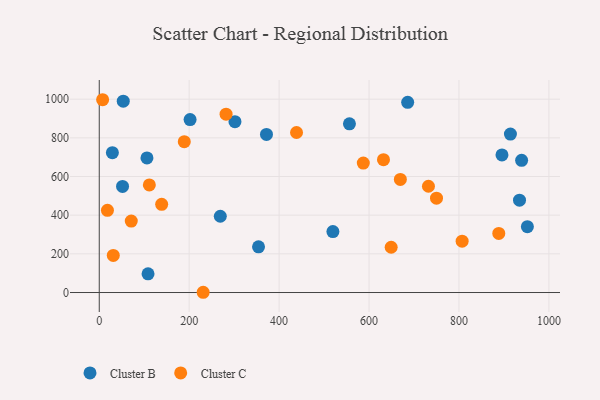
{"axis": {"x": "Study Hours", "y": "Salary"}, "legend": ["Cluster B", "Cluster C"], "data": [{"x": "269.2", "y": 394.4, "type": "Cluster B"}, {"x": "51.8", "y": 548.9, "type": "Cluster B"}, {"x": "685.9", "y": 983.7, "type": "Cluster B"}, {"x": "939.3", "y": 683.9, "type": "Cluster B"}, {"x": "29.2", "y": 723.1, "type": "Cluster B"}, {"x": "371.9", "y": 817.5, "type": "Cluster B"}, {"x": "914.4", "y": 819.5, "type": "Cluster B"}, {"x": "556.4", "y": 872.5, "type": "Cluster B"}, {"x": "106.1", "y": 696.2, "type": "Cluster B"}, {"x": "354.2", "y": 236.1, "type": "Cluster B"}, {"x": "519.6", "y": 315.2, "type": "Cluster B"}, {"x": "202.0", "y": 894.5, "type": "Cluster B"}, {"x": "301.8", "y": 883.6, "type": "Cluster B"}, {"x": "108.5", "y": 96.9, "type": "Cluster B"}, {"x": "952.1", "y": 340.7, "type": "Cluster B"}, {"x": "895.6", "y": 711.5, "type": "Cluster B"}, {"x": "53.4", "y": 989.7, "type": "Cluster B"}, {"x": "934.6", "y": 477.7, "type": "Cluster B"}, {"x": "888.5", "y": 305.6, "type": "Cluster C"}, {"x": "7.5", "y": 997.1, "type": "Cluster C"}, {"x": "189.1", "y": 780.0, "type": "Cluster C"}, {"x": "111.4", "y": 556.4, "type": "Cluster C"}, {"x": "807.0", "y": 265.6, "type": "Cluster C"}, {"x": "632.1", "y": 686.9, "type": "Cluster C"}, {"x": "438.7", "y": 827.7, "type": "Cluster C"}, {"x": "18.2", "y": 424.9, "type": "Cluster C"}, {"x": "669.6", "y": 584.7, "type": "Cluster C"}, {"x": "649.2", "y": 234.2, "type": "Cluster C"}, {"x": "31.2", "y": 192.0, "type": "Cluster C"}, {"x": "138.8", "y": 456.2, "type": "Cluster C"}, {"x": "231.1", "y": 1.3, "type": "Cluster C"}, {"x": "750.0", "y": 487.9, "type": "Cluster C"}, {"x": "732.1", "y": 549.7, "type": "Cluster C"}, {"x": "71.2", "y": 369.6, "type": "Cluster C"}, {"x": "587.2", "y": 669.7, "type": "Cluster C"}, {"x": "282.0", "y": 922.2, "type": "Cluster C"}]}